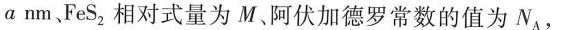
αnm，FeS_{3}，相对式量为M、阿伏加德罗常数的值为N_{A}，